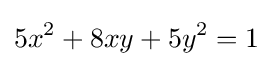
5x^{2}+8xy+5y^{2}=1